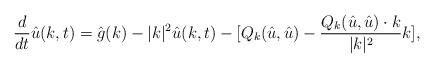
LaTeX: \begin{align*}\frac{d}{dt}\hat{u}(k,t)=\hat{g}(k)-|k|^2\hat{u}(k,t)-[Q_k(\hat{u},\hat{u})-\frac{Q_k(\hat{u},\hat{u})\cdot k}{|k|^2}k],\end{align*}